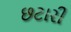
છટારી